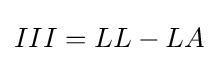
III=LL-LA